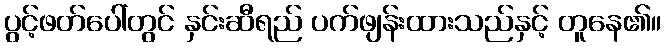
ပွင့်ဖတ်ပေါ်တွင် နှင်းဆီရည် ပက်ဖျန်းထားသည်နှင့် တူနေ၏။